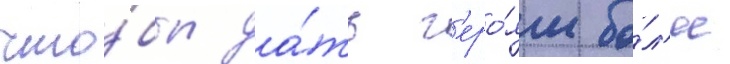
что́бы да́ть г'еро́ям бо́л'ее